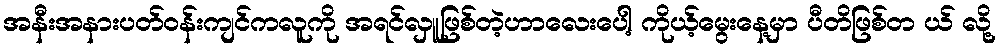
အနီးအနားပတ်ဝန်းကျင်ကလူကို အရင်လှူဖြစ်တဲ့ဟာလေးပေါ့ ကိုယ့်မွေးနေ့မှာ ပီတိဖြစ်တ ယ် လို့